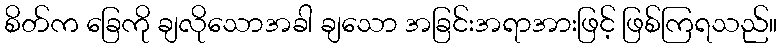
စိတ်က ခြေကို ချလိုသောအခါ ချသော အခြင်းအရာအားဖြင့် ဖြစ်ကြရသည်။